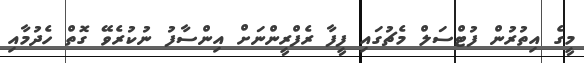
މީގެ އިތުރުން ފުޓްސަލް މެޗުގައި ފީފާ ރެފްރީންނަށް އިންސާފު ނުކުރެވޭ ގޮތް ހެދުމާއި